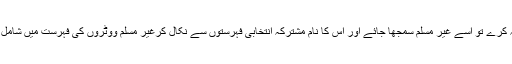
اگر وہ ایسا نہ کرے تو اُسے غیر مسلم سمجھا جائے اور اس کا نام مشترکہ انتخابی فہرستوں سے نکال کرغیر مسلم ووٹروں کی فہرست میں شامل کردیا جائے۔